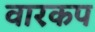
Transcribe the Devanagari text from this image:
वारकप